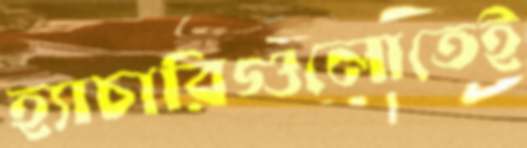
হ্যাচারিগুলোতেই